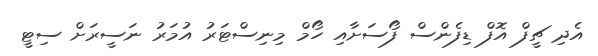
އެދި ޗީފް އޮފް ޑިފެންސް ފޯސަށާއި ހޯމް މިނިސްޓަރު އުމަރު ނަސީރަށް ސިޓީ